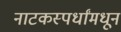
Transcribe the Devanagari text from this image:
नाटकस्पर्धांमधून